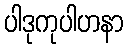
ပါဒုကုပါဟနာ